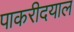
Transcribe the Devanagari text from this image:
पाकरीदयाल